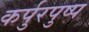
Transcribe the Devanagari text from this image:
कर्पुरपुष्प